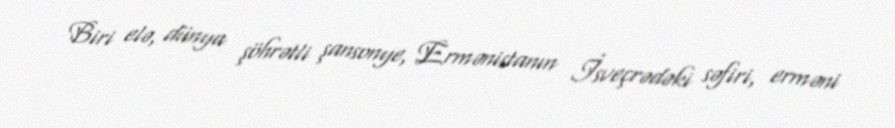
Biri elə, dünya şöhrətli şansonye, Ermənistanın İsveçrədəki səfiri, erməni